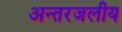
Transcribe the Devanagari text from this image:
अन्‍तरजलीय